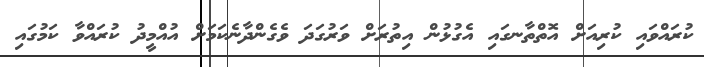
ކުރައްވައި ކުރިއަށް އޮތްތާނގައި އެގުޅުން އިތުރަށް ވަރުގަދަ ވެގެންދާނެކަމަށް އުއްމީދު ކުރައްވާ ކަމުގައި